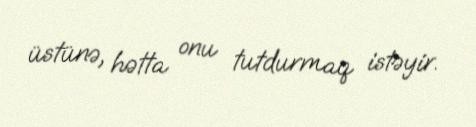
üstünə, hətta onu tutdurmaq istəyir.